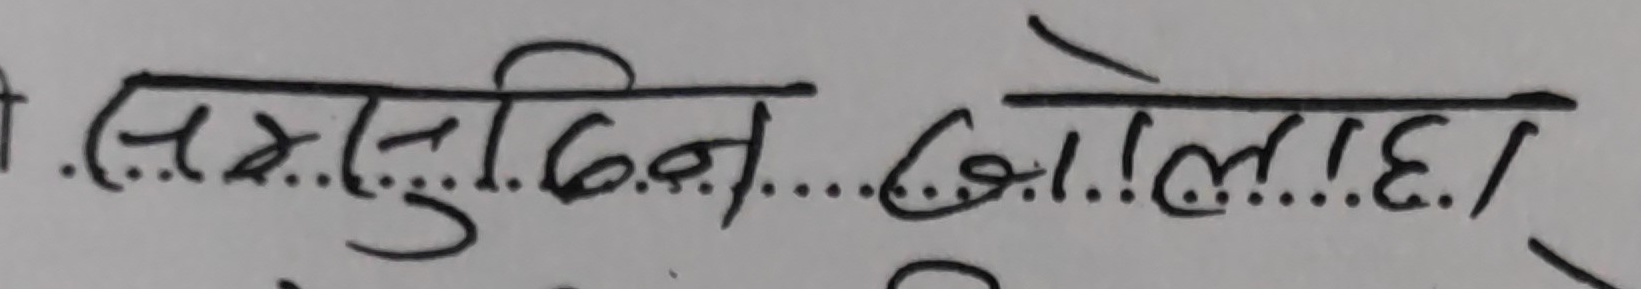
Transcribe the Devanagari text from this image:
...ससुदिन...खोलाहा।